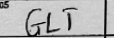
Transcription: GLT